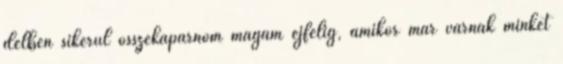
délben sikerül összekaparnom magam éjfélig, amikor már várnak minket